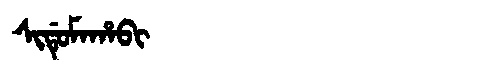
Manchu: ᠰᡳᡩᡠᠮᠠᡥᠠᠪᡳ
Romanization: SIDUMAHABI